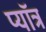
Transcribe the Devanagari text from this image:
प्यॉत्र